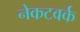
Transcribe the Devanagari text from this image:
नेकटवर्क